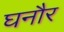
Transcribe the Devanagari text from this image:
घनौर